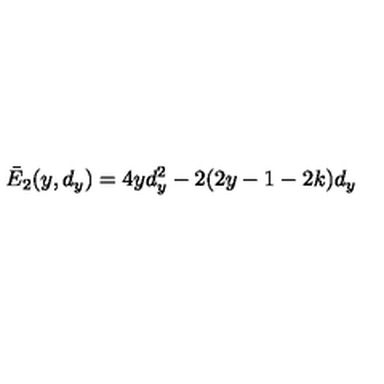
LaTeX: \bar { E } _ { 2 } ( y , d _ { y } ) = 4 y d _ { y } ^ { 2 } - 2 ( 2 y - 1 - 2 k ) d _ { y }